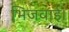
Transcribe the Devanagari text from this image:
भिजवाई।